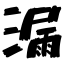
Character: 漏